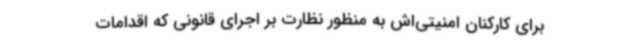
برای کارکنان امنیتی‌اش به منظور نظارت بر اجرای قانونی که اقدامات